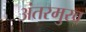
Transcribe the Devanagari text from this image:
अंतरमुख